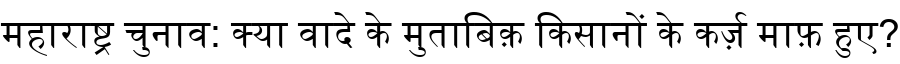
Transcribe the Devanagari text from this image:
महाराष्ट्र चुनाव: क्या वादे के मुताबिक़ किसानों के कर्ज़ माफ़ हुए?